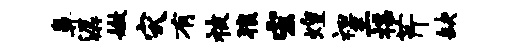
鼻潺嫩灾有被狼宏煌袒三揲芹缺